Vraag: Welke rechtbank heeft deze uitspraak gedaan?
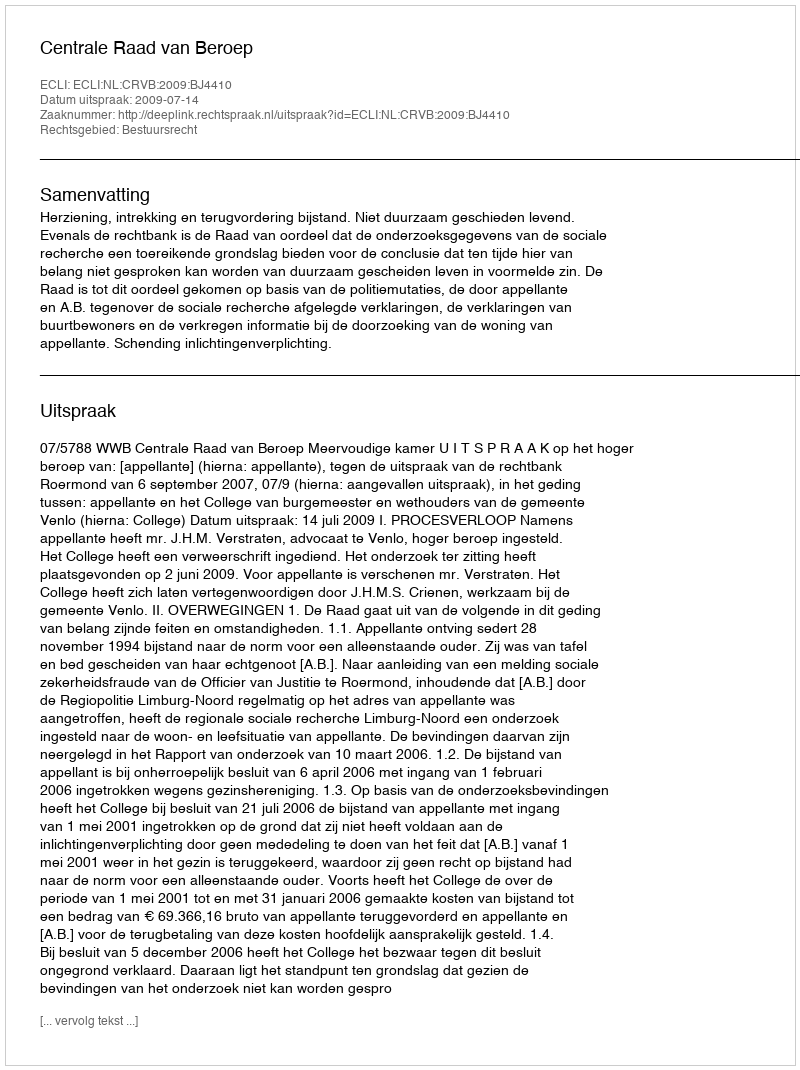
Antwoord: Centrale Raad van Beroep